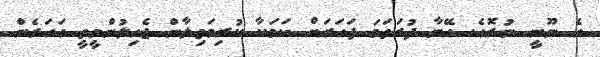
އެ ނޫނީ ނުރޮއެ. އޭނާ ފުރަތަމަ ފަހަރަށް ކަމަކާ ކުރިމަތިލާން ޖެހިލުންވީތީ އަހަރެން